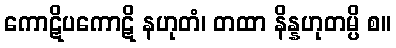
ကောဋိပကောဋိ နဟုတံ၊ တထာ နိန္နဟုတမ္ပိ စ။